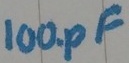
Text: 100pF